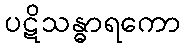
ပဋိသန္ဓာရကော